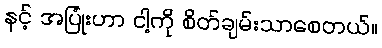
နင့် အပြုံးဟာ ငါ့ကို စိတ်ချမ်းသာစေတယ်။